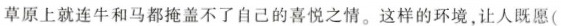
草原上就连牛和马都掩盖不了自己的喜悦之情。这样的环境，让人既愿(